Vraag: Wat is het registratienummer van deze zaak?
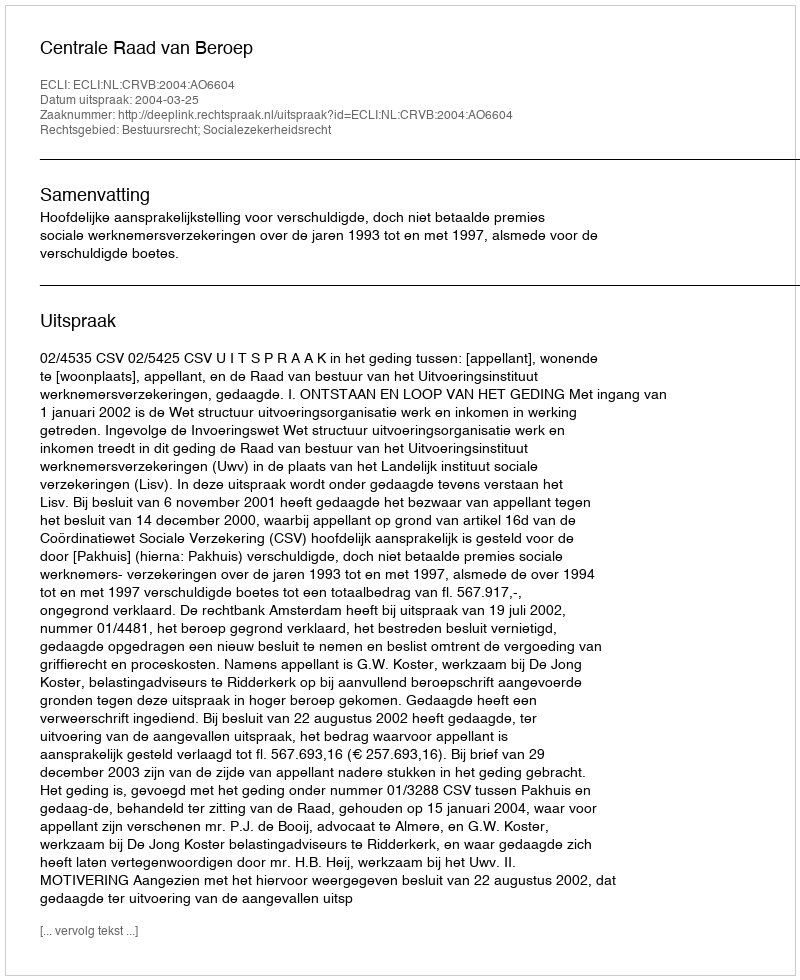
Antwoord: http://deeplink.rechtspraak.nl/uitspraak?id=ECLI:NL:CRVB:2004:AO6604